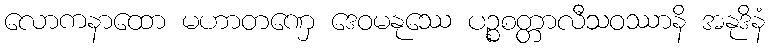
လောကနာထော မဟာတဏှေ ဒေဝမနုဿေ ပဉ္စစတ္တာလီသဝဿာနိ အနုဒိနံ